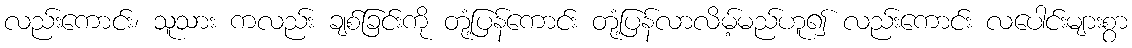
လည်းကောင်း၊ သူသား ကလည်း ချစ်ခြင်းကို တုံ့ပြန်ကောင်း တုံ့ပြန်လာလိမ့်မည်ဟူ၍ လည်းကောင်း လပေါင်းများစွာ